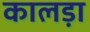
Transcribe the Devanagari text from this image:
कालड़ा